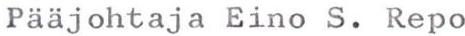
Pääjohtaja Eino S. Repo